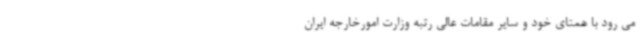
می رود با همتای خود و سایر مقامات عالی رتبه وزارت امورخارجه ایران